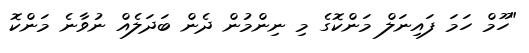
"ހޫމް ހަމަ ފައިނަލް މަންކޮގެ މި ނިންމުން ދެން ބަދަލެއް ނުވާނެ މަންކޮ